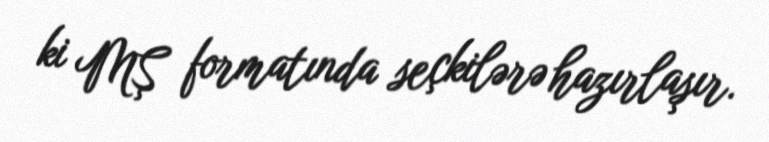
ki MŞ formatında seçkilərə hazırlaşır.